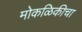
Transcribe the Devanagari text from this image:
मोकळिकीचा